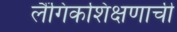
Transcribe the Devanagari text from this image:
लैंगिकशिक्षणाची